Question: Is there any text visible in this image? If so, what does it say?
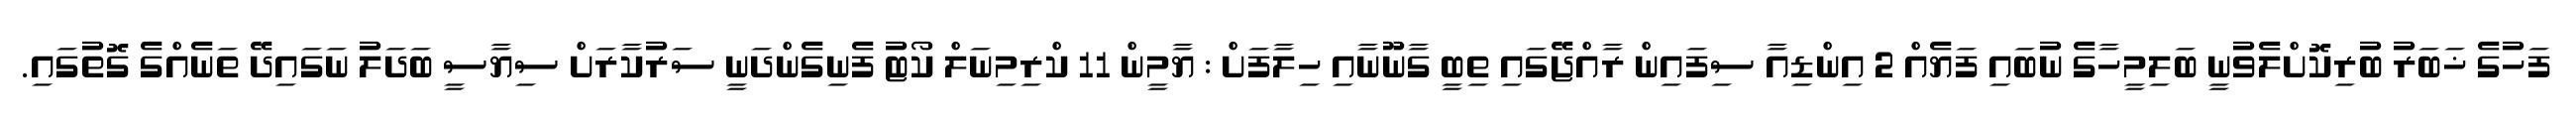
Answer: ފަހުގެ ޚަބަރު ބުރިކޮށްލެވުނީ ބަލިމީހާގެ ނުބައި ފަޔެއް 2 އިންޑިއާ ސިފައިން ރާއްޖޭގައި ތިބީ ގާނޫނާއި ހިލާފަށް : ޔާމީން 11 ކްރިމިނަލް ކޯޓު ފެނިގެންދަނީ ސަރުކާރަށް ސިޔާސީ ބަދަލު ނަގައިދޭ ތަނެއްގެ ގޮތުގައި.